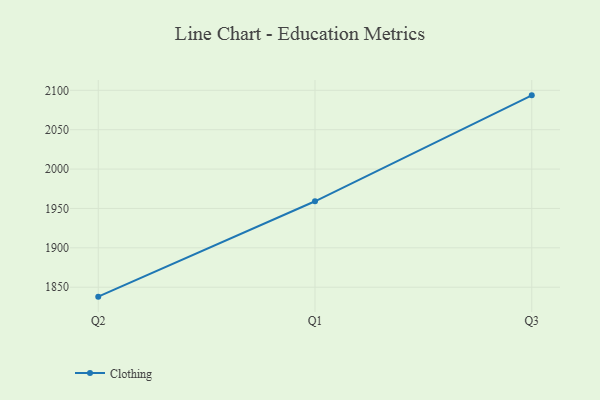
{"axis": {"x": "Quarter", "y": "Operating Costs (USD K)"}, "legend": ["Clothing"], "data": [{"x": "Q2", "y": 1838.0, "type": "Clothing"}, {"x": "Q1", "y": 1959.1, "type": "Clothing"}, {"x": "Q3", "y": 2093.6, "type": "Clothing"}]}